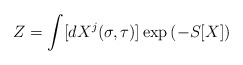
\begin{align*}Z=\int [d X^j(\sigma,\tau)]\exp\left( -S[X]\right)\end{align*}